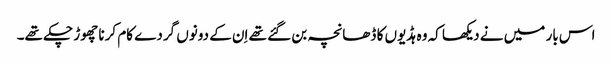
اس بار میں نے دیکھا کہ وہ ہڈیوں کا ڈھانچہ بن گئے تھے اِن کے دونوں گردے کام کرنا چھوڑ چکے تھے۔